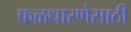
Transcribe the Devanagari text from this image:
फळधारणेसाठी